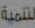
لتنمية